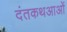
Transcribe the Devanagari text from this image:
दंतकथआओं